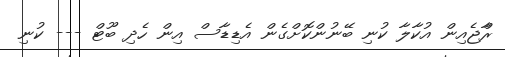
ރާްޖެއިން އުކާލާ ކުނި ބޭނުންކޮށްގެން އެޑިޑާސް އިން ހެދި ބޫޓް --- ކުނި